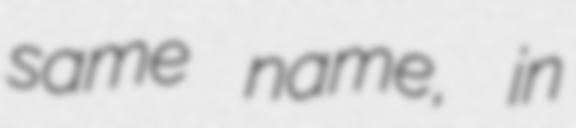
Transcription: same name, in